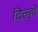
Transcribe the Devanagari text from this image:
दिल्हों